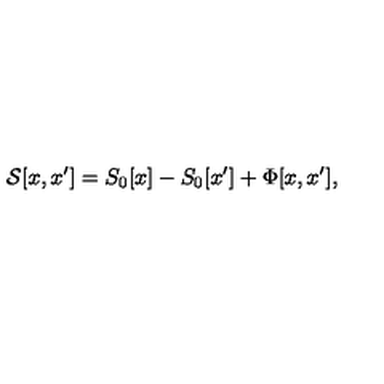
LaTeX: { \cal { S } } [ x , x ^ { \prime } ] = S _ { 0 } [ x ] - S _ { 0 } [ x ^ { \prime } ] + \Phi [ x , x ^ { \prime } ] ,